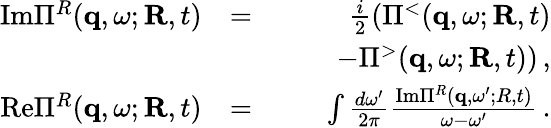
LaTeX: \begin{array}{rlr}{\mathrm{Im}\Pi^{R}({\mathbf q},\omega;{\mathbf R},t)}&{=}&{\frac{i}{2}\left(\Pi^{<}({\mathbf q},\omega;{\mathbf R},t)\right.}\\ &{}&{\qquad\left.-\Pi^{>}({\mathbf q},\omega;{\mathbf R},t)\right)\, ,}\\ {\mathrm{Re}\Pi^{R}({\mathbf q},\omega;{\mathbf R},t)}&{=}&{\int\frac{d\omega^{\prime}}{2\pi}\frac{\mathrm{Im}\Pi^{R}({\mathbf q},\omega^{\prime};R,t)}{\omega-\omega^{\prime}}\, .}\end{array}